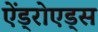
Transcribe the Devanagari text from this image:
ऐंड्रोएड्स